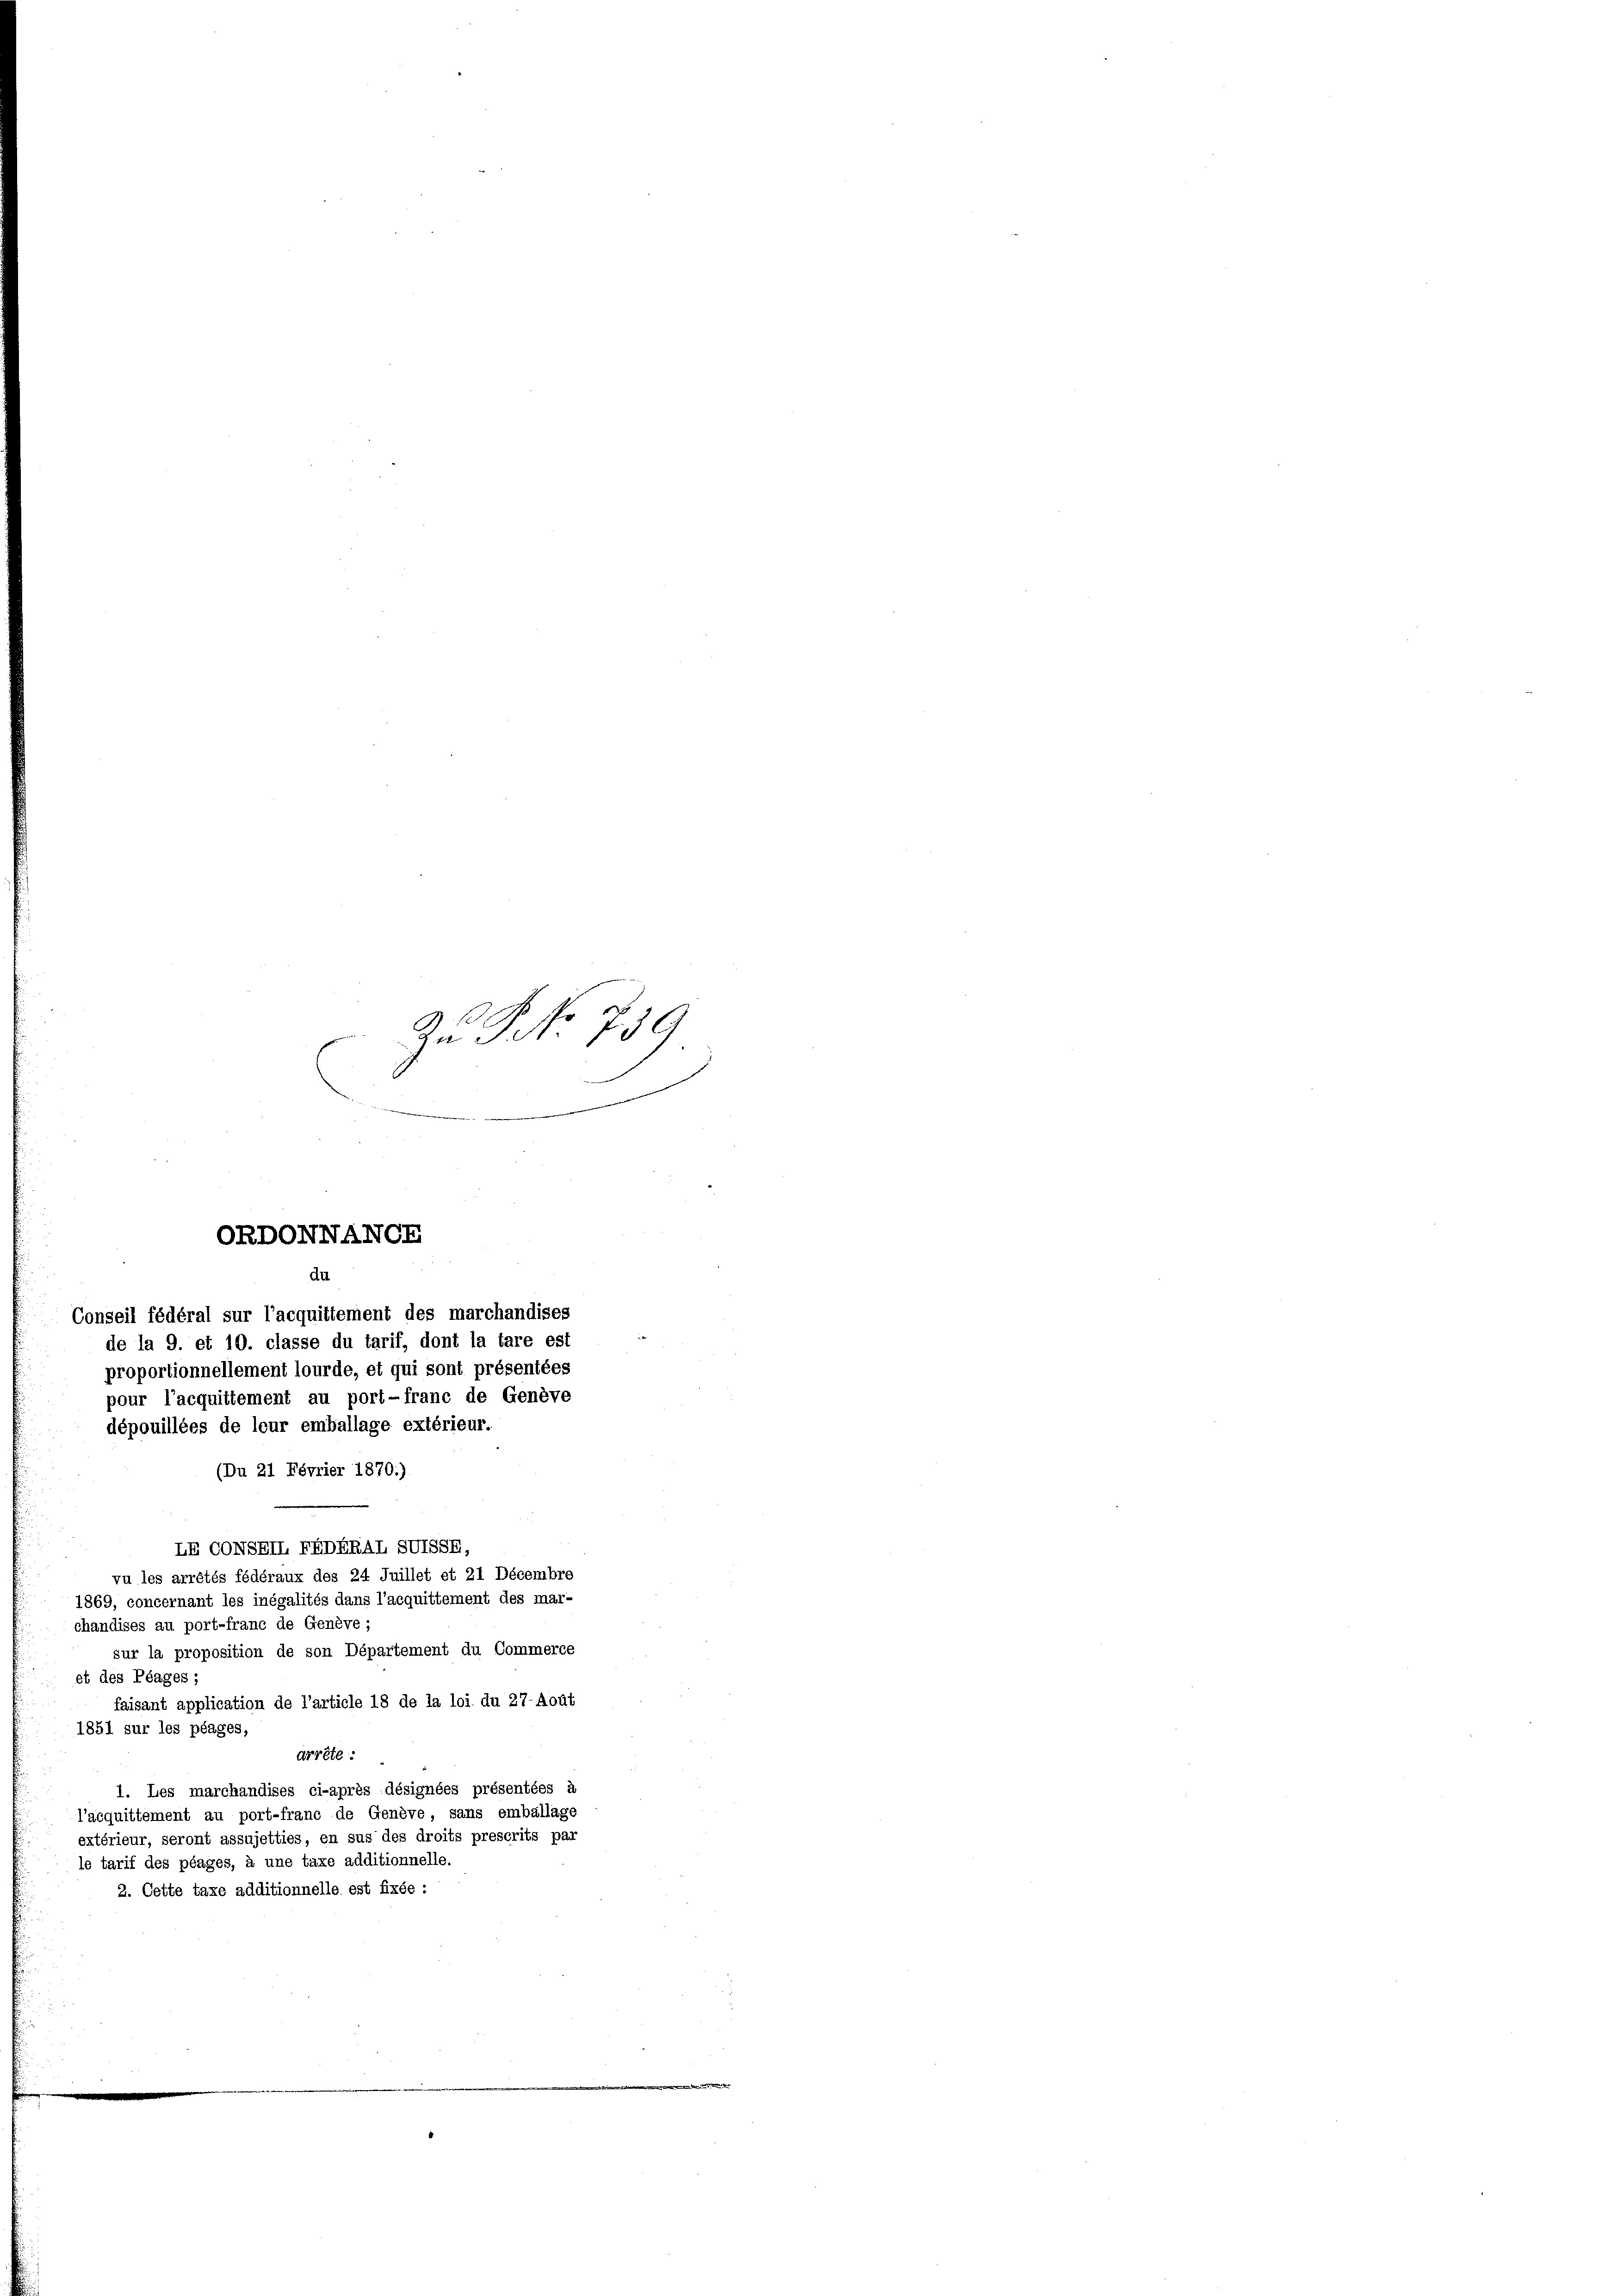
(Du 21 Février 1870.)
LR CONBEIL FEDERAL SUSSE,
vu les arrêtés fédéraux des 24 Juillet et 21 Décembre
1869, concernant les inégalités dans l’acquittement des mar-
chandises au port-franc de Genève;
sur la proposition de son Département du Commerce
et des Plages;
faisant application de l’article 18 de la loi du 27-Aout
1851 sur les plages,
arrête :
1. Les marchandises ci-après désignées présentées à
l’acquittement au port-franc de Genève sans emballage
extérieur, seront assujetties, en sus des droits prescrits par
le tarif des péages, à une taxe additionnelle.
2. Cette taxe additionnelle est fixée :

du

to
Zu S. S. 739
x

ORPONNANGE

Conseil fédéral sur l’acquittement des marchandises
de la 9. et 10. classe du tarif, dont la tare est
proportionnellement lourde, et qui sont présentées
pour l’acquittement au port-franc de Genève
dépouillées de leur emballage extérieur.